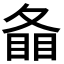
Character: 𥇠